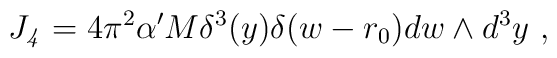
J_{\it 4} = 4\pi^2\alpha' M \delta^3(y) \delta(w-r_0) dw \wedge d^3y\ ,